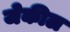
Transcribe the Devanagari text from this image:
जेकील